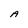
Character: A